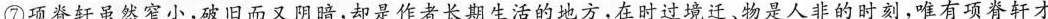
⑦项脊轩虽然窄小，破旧而又阴暗，却是作者长期生活的地方，在时过境迁、物是人非的时刻，唯有项脊轩才